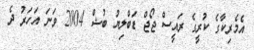
އެމެރިކާގެ ކުރީގެ ރައީސް ޖޯޖް ޑަބްލިޔު ބުޝް 2004 ވަނަ އަހަރު ދެ